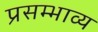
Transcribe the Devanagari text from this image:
प्रसम्भाव्य